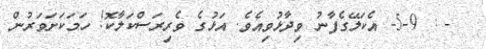
- : 5-9- އެކަލޭގެފާނު ވިދާޅުވިއެވެ. އަޅުގެ ވެރިރަސްކަލާކޮ! ހަމަކަށަވަރުން